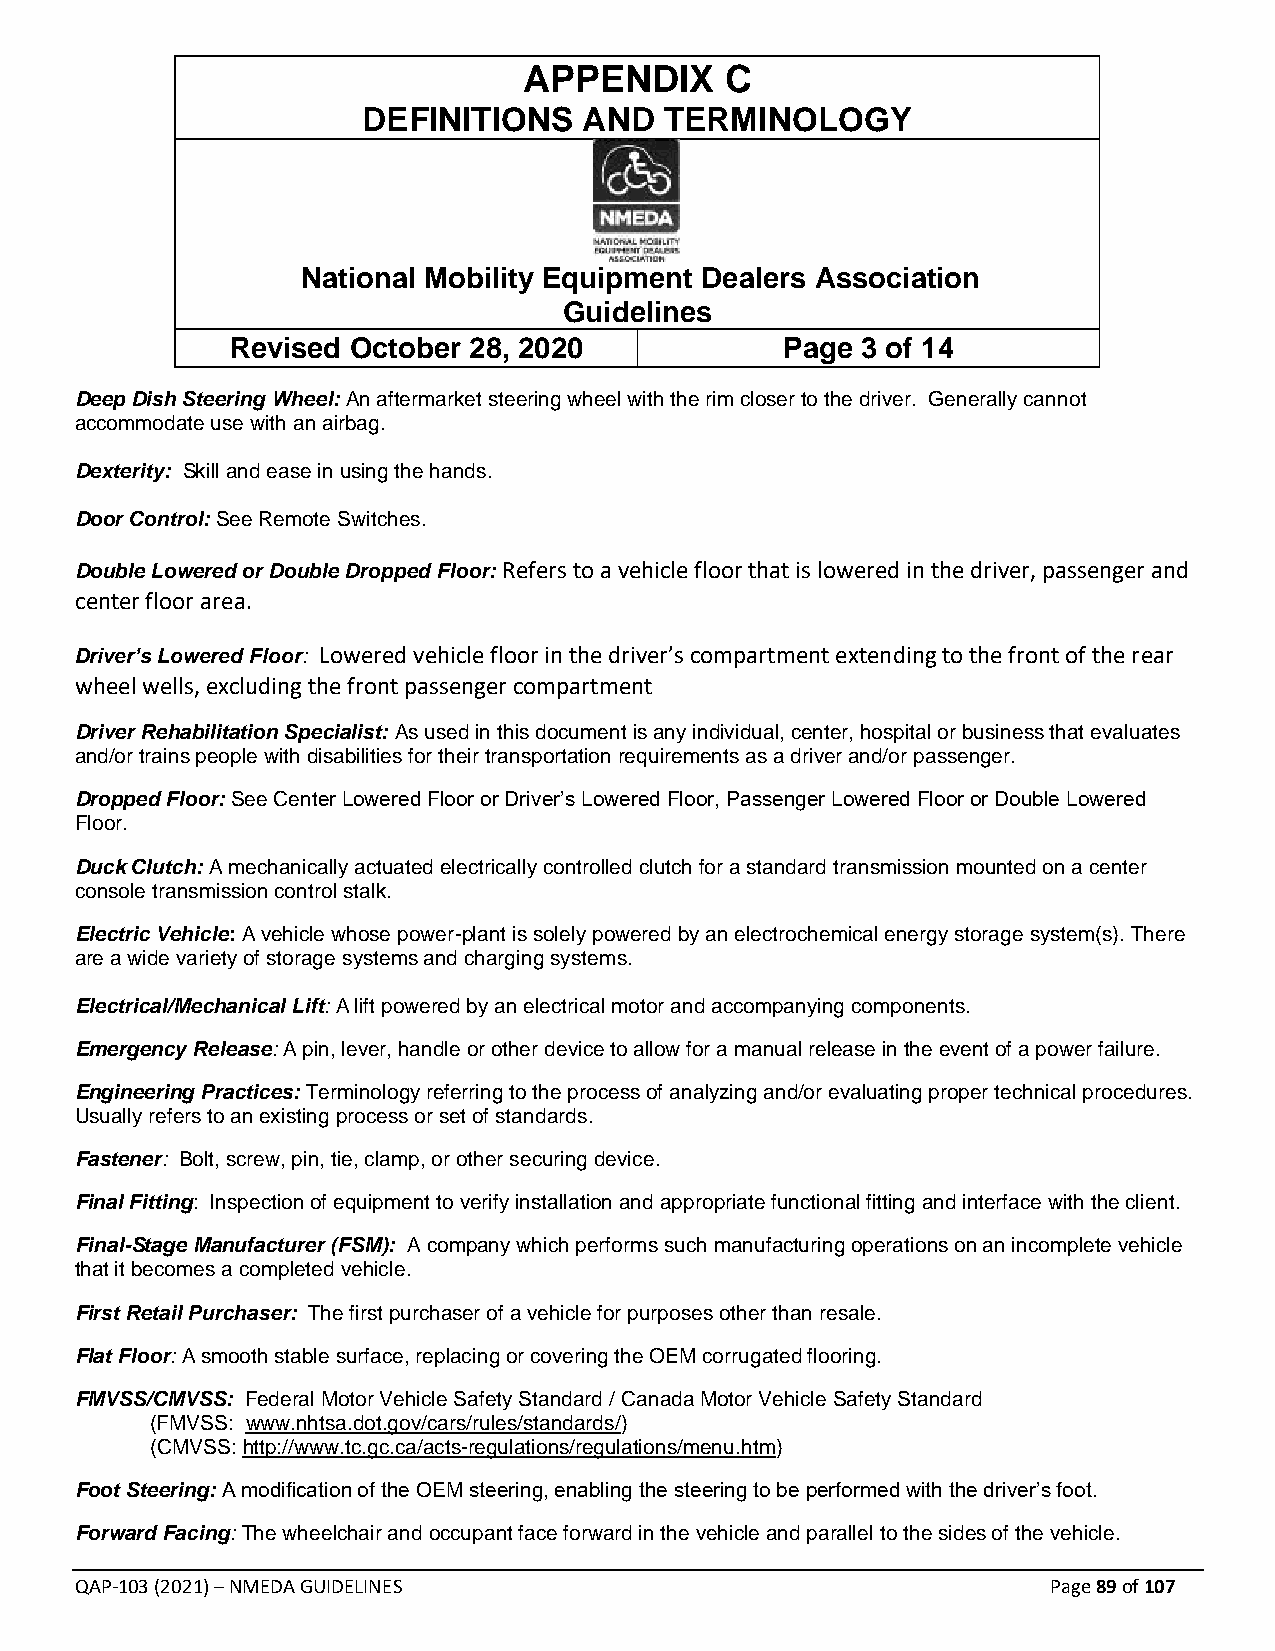
APPENDIX     C
 DEFINITIONS    AND  TERMINOLOGY
 National Mobility Equipment Dealers Association
 Guidelines
 Revised October 28, 2020             Page 3 of 14
 Deep Dish Steering Wheel: An aftermarket steering wheel with the rim closer to the driver. Generally cannot
 accommodate use with an airbag.
 Dexterity: Skill and ease in using the hands.
 Door Control: See Remote Switches.
 Double Lowered or Double Dropped Floor: Refers to a vehicle floor that is lowered in the driver, passenger and
 center floor area.
 Driver’s Lowered Floor: Lowered vehicle floor in the driver’s compartment extending to the front of the rear
 wheel wells, excluding the front passenger compartment
 Driver Rehabilitation Specialist: As used in this document is any individual, center, hospital or business that evaluates
 and/or trains people with disabilities for their transportation requirements as a driver and/or passenger.
 Dropped Floor: See Center Lowered Floor or Driver’s Lowered Floor, Passenger Lowered Floor or Double Lowered
 Floor.
 Duck Clutch: A mechanically actuated electrically controlled clutch for a standard transmission mounted on a center
 console transmission control stalk.
 Electric Vehicle: A vehicle whose power-plant is solely powered by an electrochemical energy storage system(s). There
 are a wide variety of storage systems and charging systems.
 Electrical/Mechanical Lift: A lift powered by an electrical motor and accompanying components.
 Emergency Release: A pin, lever, handle or other device to allow for a manual release in the event of a power failure.
 Engineering Practices: Terminology referring to the process of analyzing and/or evaluating proper technical procedures.
 Usually refers to an existing process or set of standards.
 Fastener: Bolt, screw, pin, tie, clamp, or other securing device.
 Final Fitting: Inspection of equipment to verify installation and appropriate functional fitting and interface with the client.
 Final-Stage Manufacturer (FSM): A company which performs such manufacturing operations on an incomplete vehicle
 that it becomes a completed vehicle.
 First Retail Purchaser: The first purchaser of a vehicle for purposes other than resale.
 Flat Floor: A smooth stable surface, replacing or covering the OEM corrugated flooring.
 FMVSS/CMVSS: Federal Motor Vehicle Safety Standard / Canada Motor Vehicle Safety Standard
 (FMVSS: www.nhtsa.dot.gov/cars/rules/standards/)
 (CMVSS: http://www.tc.gc.ca/acts-regulations/regulations/menu.htm)
 Foot Steering: A modification of the OEM steering, enabling the steering to be performed with the driver’s foot.
 Forward Facing: The wheelchair and occupant face forward in the vehicle and parallel to the sides of the vehicle.
 QAP-103 (2021) – NMEDA GUIDELINES                                Page 89 of 107